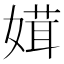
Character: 媶